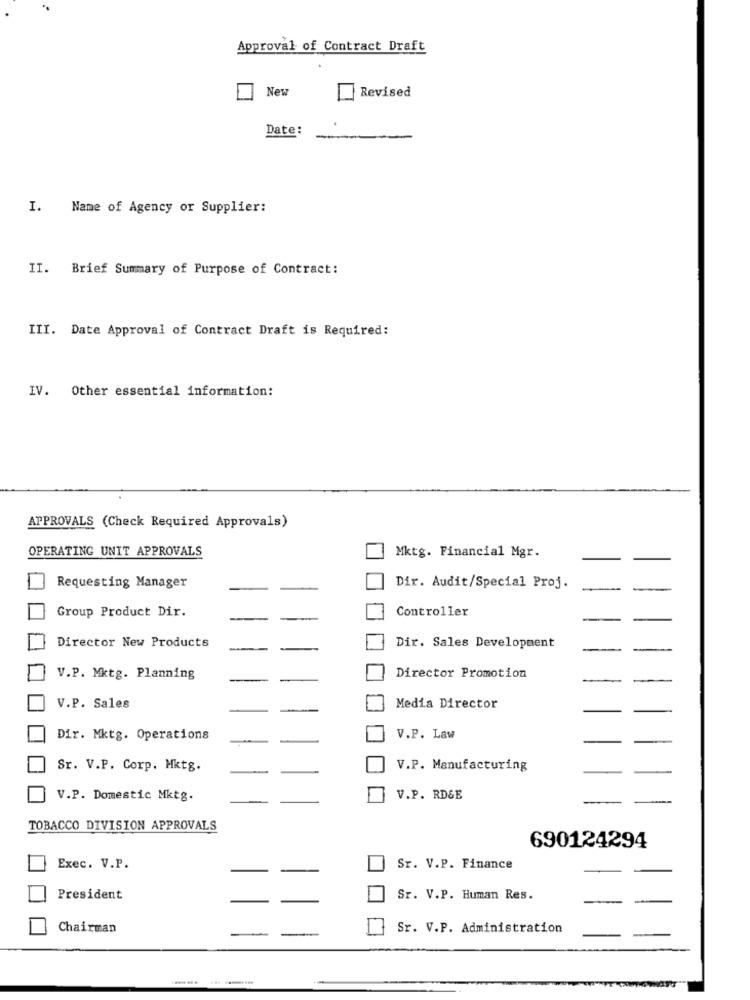
Approval of Contract Draft
New
Revised
Date:
I. Name of Agency or Supplier:
II. Brief Summary of Purpose of Contract:
III. Date Approval of Contract Draft is Required:
IV. Other essential information:
APPROVALS (Check Required Approvals)
OPERATING UNIT APPROVALS
Mktg. Financial Mgr.
Requesting Manager
Dir. Audit/Special Proj.
Group Product Dir.
Controller
Director New Products
Dir. Sales Development
V.P. Mktg. Planning
Director Promotion
V.P. Sales
Media Director
Dir. Mktg. Operations
V.P. Law
Sr. V.P. Corp. Mktg.
V.P. Manufacturing
V.P. Domestic Mktg.
V.P. RD&E
TOBACCO DIVISION APPROVALS
690124294
Exec. V.P.
Sr. V.P. Finance
President
Sr. V.P. Human Res.
Chairman
Sr. V.P. Administration